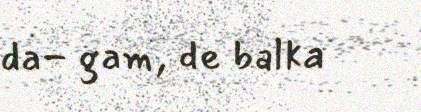
da- gam, de balka